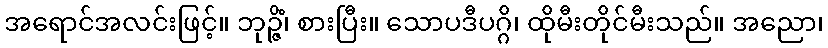
အရောင်အလင်းဖြင့်။ ဘုဉ္ဇိံ၊ စားပြီး။ သောပဒီပဂ္ဂိ၊ ထိုမီးတိုင်မီးသည်။ အညော၊